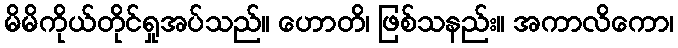
မိမိကိုယ်တိုင်ရှုအပ်သည်။ ဟောတိ၊ ဖြစ်သနည်း။ အကာလိကော၊